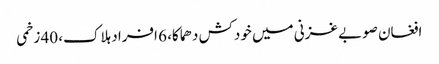
افغان صوبے غزنی میں خودکش دھماکا، 6 افراد ہلاک، 40 زخمی